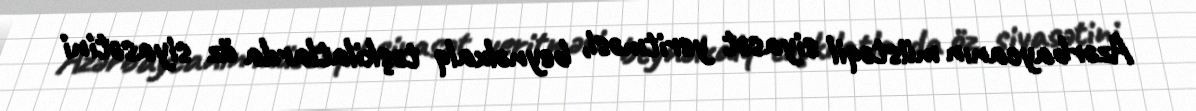
Azərbaycanın müstəqil siyasət yeritməsi, beynəlxalq təşkilatlarda öz siyasətini